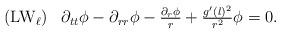
LaTeX: \begin{align*}\begin{array}{rc}({\rm LW}_{\ell})&\partial_{tt}\phi-\partial_{rr}\phi-\frac{\partial_r\phi}{r}+\frac{g'(l)^2}{r^2}\phi=0.\\\end{array}\end{align*}